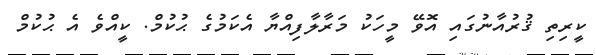
ކީރިތި ޤުރުއާނުގައި އޮވޭ މީހަކު މަރާލާފިއްޔާ އެކަމުގެ ޙުކުމް. ކީއްވެ އެ ޙުކުމް